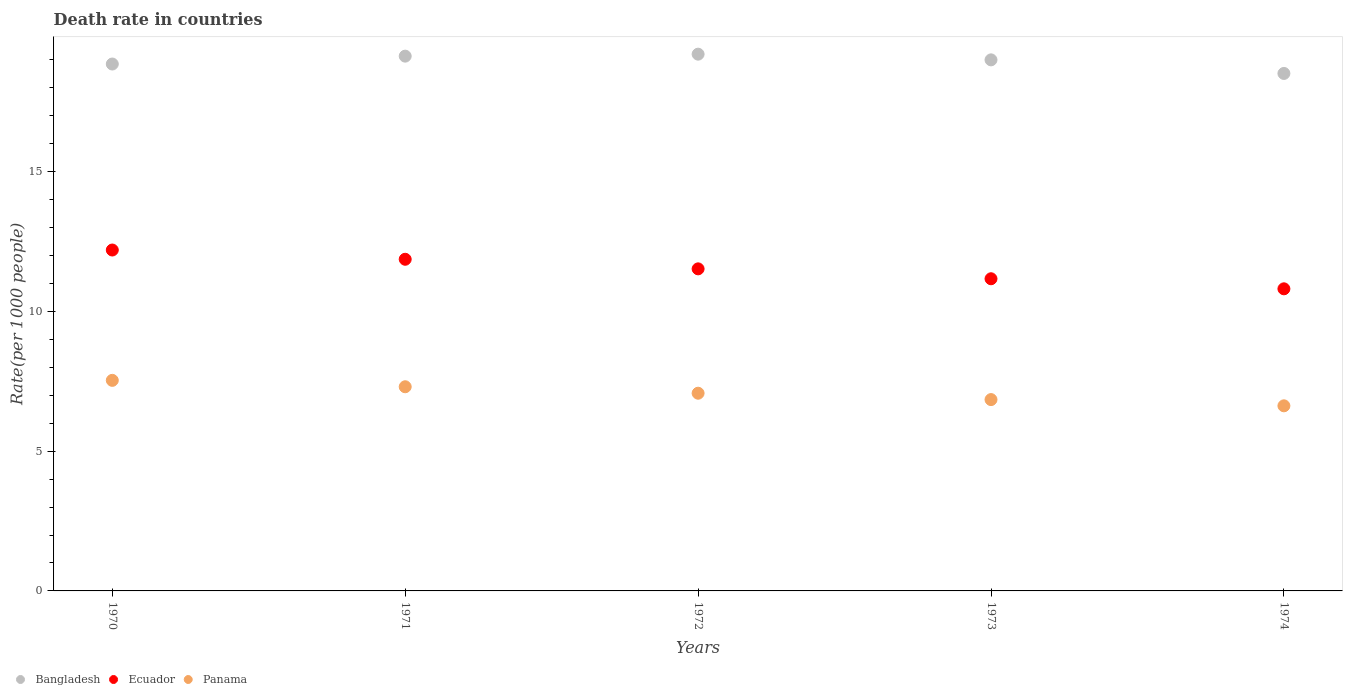
| Years | Bangladesh | Ecuador | Panama |
 | --- | --- | --- | --- |
 | 1970 | 18.9 | 12.2 | 7.53 |
 | 1971 | 19.1 | 11.9 | 7.3 |
 | 1972 | 19.2 | 11.5 | 7.07 |
 | 1973 | 19 | 11.2 | 6.84 |
 | 1974 | 18.5 | 10.8 | 6.62 |